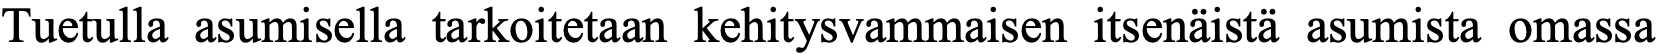
Tuetulla asumisella tarkoitetaan kehitysvammaisen itsenäistä asumista omassa